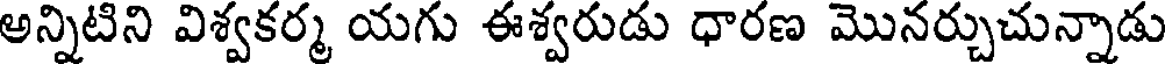
అన్నిటిని విశ్వకర్మ యగు ఈశ్వరుడు ధారణ మొనర్చుచున్నాడు